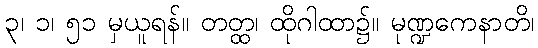
၃၊ ၁၊ ၅၁ မှယူရန်။ တတ္ထ၊ ထိုဂါထာ၌။ မုဏ္ဍကေနာတိ၊